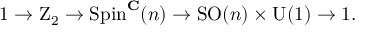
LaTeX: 1 \to \mathrm { Z } _ { 2 } \to \operatorname { S p i n } ^ { \mathbf { C } } ( n ) \to \operatorname { S O } ( n ) \times \operatorname { U } ( 1 ) \to 1 .